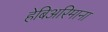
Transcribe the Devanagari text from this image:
हेबिअरिमाना